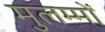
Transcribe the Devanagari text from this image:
मुलम्मों